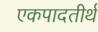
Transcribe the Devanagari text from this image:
एकपादतीर्थ